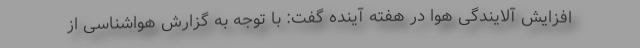
افزایش آلایندگی هوا در هفته آینده گفت: با توجه به گزارش هواشناسی از